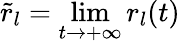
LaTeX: \tilde{r}_{l}=\operatorname*{lim}_{t\to+\infty}{r_{l}(t)}